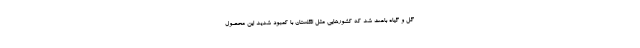
گل و گیاه باعث شد که کشورهایی مثل انگلستان با کمبود شدید این محصول